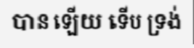
បាន ឡើយ ទើប ទ្រង់